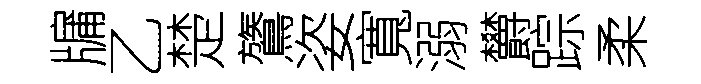
牖乙楚鷟姿寬溺欝踪柔